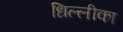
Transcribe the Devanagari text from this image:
धिल्लीका